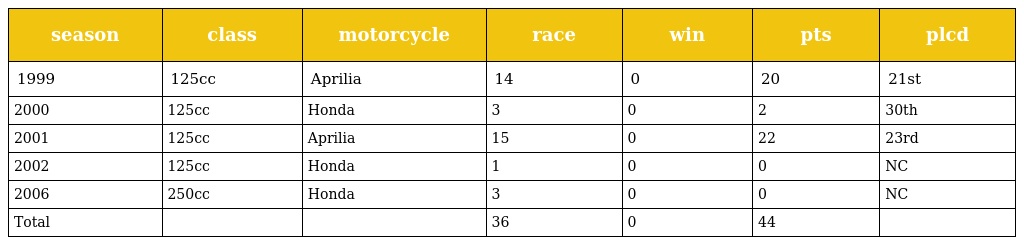
| season | class | motorcycle | race | win | pts | plcd |
 | --- | --- | --- | --- | --- | --- | --- |
 | 1999 | 125cc | Aprilia | 14 | 0 | 20 | 21st |
 | 2000 | 125cc | Honda | 3 | 0 | 2 | 30th |
 | 2001 | 125cc | Aprilia | 15 | 0 | 22 | 23rd |
 | 2002 | 125cc | Honda | 1 | 0 | 0 | NC |
 | 2006 | 250cc | Honda | 3 | 0 | 0 | NC |
 | Total |  |  | 36 | 0 | 44 |  |